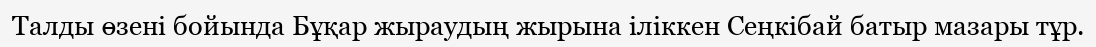
Талды өзені бойында Бұқар жыраудың жырына іліккен Сеңкібай батыр мазары тұр.